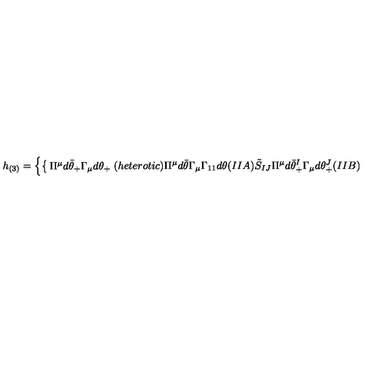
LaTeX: h _ { ( 3 ) } = \left\{ \begin{cases} { \Pi ^ { \mu } d \bar { \theta } _ { + } \Gamma _ { \mu } d \theta _ { + } } & { ( h e t e r o t i c ) } \\ { \Pi ^ { \mu } d \bar { \theta } \Gamma _ { \mu } \Gamma _ { 1 1 } d \theta } & { ( I I A ) } \\ { \tilde { S } _ { I J } \Pi ^ { \mu } d \bar { \theta } _ { + } ^ { I } \Gamma _ { \mu } d \theta _ { + } ^ { J } } & { ( I I B ) } \\ \end{cases} \right.